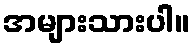
အများသားပါ။